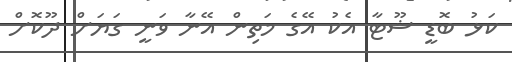
ކަޅު ބޮޑީ ޝޫޓާ އެކު އޭގެ މަތިން އޭނާ ވަނީ ގަޔަށް ދޫކޮށް